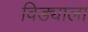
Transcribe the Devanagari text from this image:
विड्याला